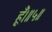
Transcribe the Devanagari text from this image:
हूँ।॥५॥